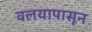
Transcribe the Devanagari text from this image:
वलयापासून